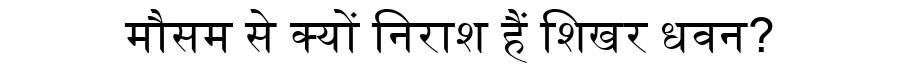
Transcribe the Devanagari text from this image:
मौसम से क्यों निराश हैं शिखर धवन?